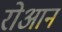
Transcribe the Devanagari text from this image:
रोआन